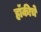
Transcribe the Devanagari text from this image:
हाॅकीचे